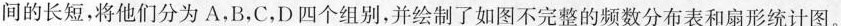
间的长短，将他们分为A，B，C，D四个组别，并绘制了如图不完整的频数分布表和扇形统计图。